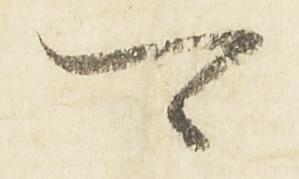
可